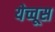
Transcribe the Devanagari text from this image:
येच्चूस